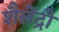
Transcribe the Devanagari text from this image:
शैलेंद्रो